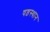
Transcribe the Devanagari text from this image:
षष्ठस्थान